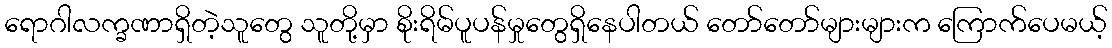
ရောဂါလက္ခဏာရှိတဲ့သူတွေ သူတို့မှာ စိုးရိမ်ပူပန်မှုတွေရှိနေပါတယ် တော်တော်များများက ကြောက်ပေမယ့်